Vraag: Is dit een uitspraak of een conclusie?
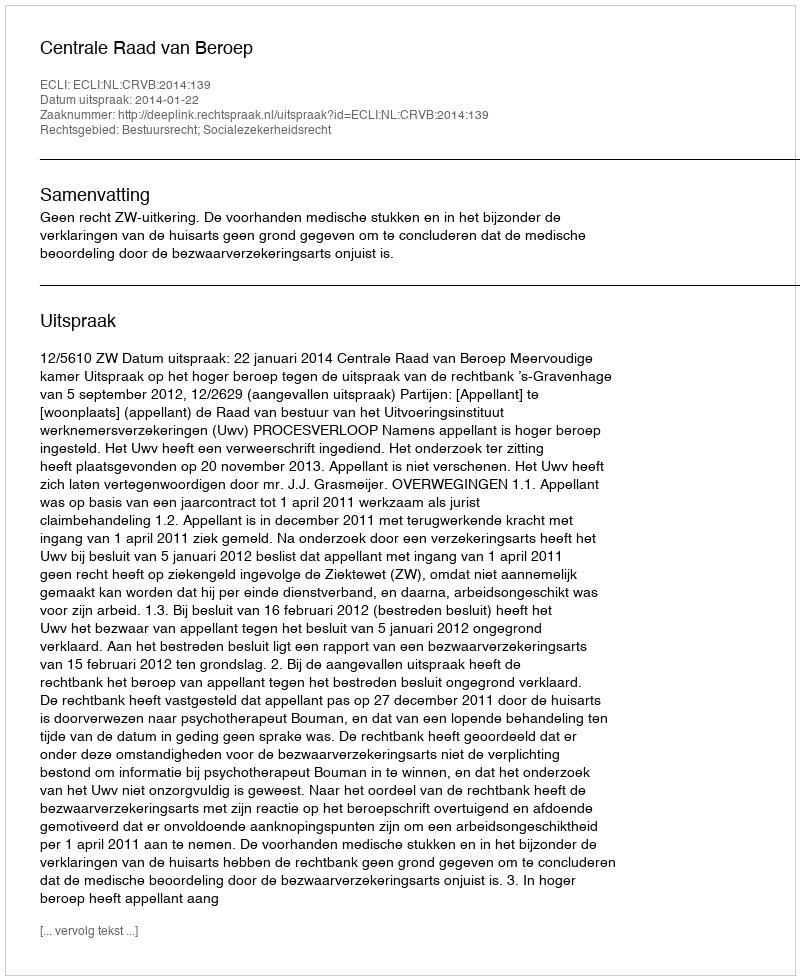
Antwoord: Uitspraak